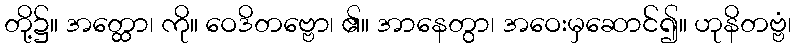
တို့၌။ အတ္ထော၊ ကို။ ဝေဒိတဗ္ဗော၊ ၏။ အာနေတွာ၊ အဝေးမှဆောင်၍။ ဟုနိတဗ္ဗံ၊